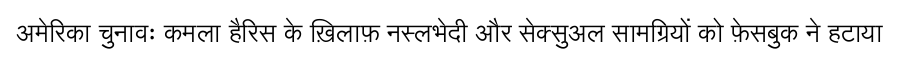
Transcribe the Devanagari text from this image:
अमेरिका चुनावः कमला हैरिस के ख़िलाफ़ नस्लभेदी और सेक्सुअल सामग्रियों को फ़ेसबुक ने हटाया